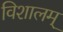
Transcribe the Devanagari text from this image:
विशालम्